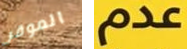
الموقر عدم